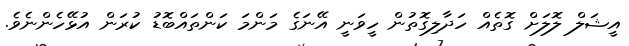
އީޝަލް ލޮލަށް ގޮތެއް ހަދާލިގޮތުން ހީވަނީ އޭނަގެ މަންމަ ކަންތައްބޮޑު ކުރަން އުޅޭހެންނެވެ.